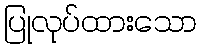
ပြုလုပ်ထားသော